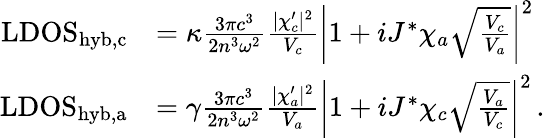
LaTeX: \begin{array}{rl}{\mathrm{LDOS}_{\mathrm{hyb,c}}}&{=\kappa\frac{3\pi c^{3}}{2n^{3}\omega^{2}}\frac{|\chi_{c}^{\prime}|^{2}}{V_{c}}\left|1+iJ^{*}\chi_{a}\sqrt{\frac{V_{c}}{V_{a}}}\right|^{2}}\\ {\mathrm{LDOS}_{\mathrm{hyb,a}}}&{=\gamma\frac{3\pi c^{3}}{2n^{3}\omega^{2}}\frac{|\chi_{a}^{\prime}|^{2}}{V_{a}}\left|1+iJ^{*}\chi_{c}\sqrt{\frac{V_{a}}{V_{c}}}\right|^{2}\, .}\end{array}